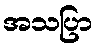
အသပြာ